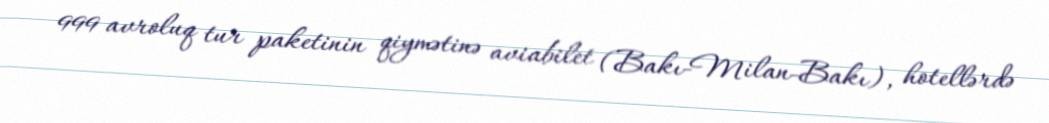
999 avroluq tur paketinin qiymətinə aviabilet (Bakı-Milan-Bakı), hotellərdə